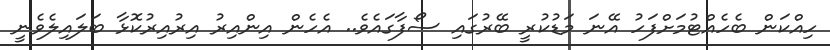
ހިއްކަން ބެހެއްޓުމަށްފަހު އޭނަ މަޑުކުރީ ބޭރުގައި ސޯފާގައެވެ.. އެހެން އިންއިރު އިރުއިރުކޮޅާ ބަލައިލެވެނީ